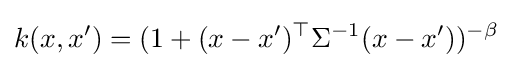
k(x,x')=(1+(x-x')^{\top }\Sigma ^{-1}(x-x'))^{-\beta }